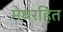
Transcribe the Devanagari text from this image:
मेघरहित